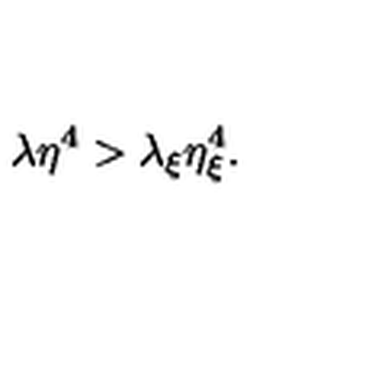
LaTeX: \lambda \eta ^ { 4 } > \lambda _ { \xi } \eta _ { \xi } ^ { 4 } .